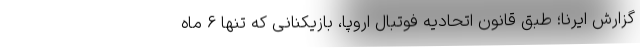
گزارش ایرنا؛ طبق قانون اتحادیه فوتبال اروپا، بازیکنانی که تنها ۶ ماه